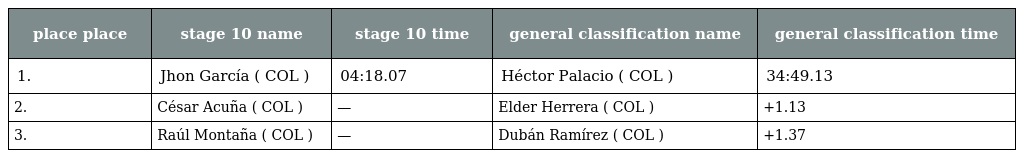
| place place | stage 10 name | stage 10 time | general classification name | general classification time |
 | --- | --- | --- | --- | --- |
 | 1. | Jhon García ( COL ) | 04:18.07 | Héctor Palacio ( COL ) | 34:49.13 |
 | 2. | César Acuña ( COL ) | — | Elder Herrera ( COL ) | +1.13 |
 | 3. | Raúl Montaña ( COL ) | — | Dubán Ramírez ( COL ) | +1.37 |